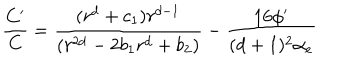
LaTeX: { \frac { C ^ { \prime } } { C } } = { \frac { ( r ^ { d } + c _ { 1 } ) r ^ { d - 1 } } { ( r ^ { 2 d } - 2 b _ { 1 } r ^ { d } + b _ { 2 } ) } } - { \frac { 1 6 \phi ^ { \prime } } { ( d + 1 ) ^ { 2 } \alpha _ { e } } }